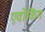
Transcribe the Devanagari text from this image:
एवोकिंग